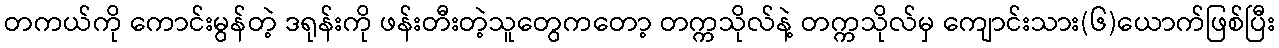
တကယ်ကို ကောင်းမွန်တဲ့ ဒရုန်းကို ဖန်းတီးတဲ့သူတွေကတော့ တက္ကသိုလ်နဲ့ တက္ကသိုလ်မှ ကျောင်းသား(၆)ယောက်ဖြစ်ပြီး